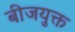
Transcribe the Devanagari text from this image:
बीजयुक्त